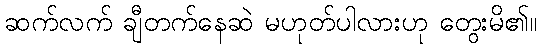
ဆက်လက် ချီတက်နေဆဲ မဟုတ်ပါလားဟု တွေးမိ၏။